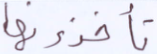
تأخذونها